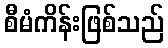
စီမံကိန်းဖြစ်သည်